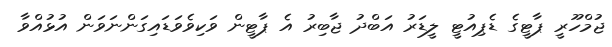
ޖުމްހޫރީ ޕާޓީގެ ޑެޕިއުޓީ ލީޑަރު އަބްދު ޖާބިރު އެ ޕާޓީން ވަކިވެވަޑައިގަންނަވަން އުޅުއްވާ